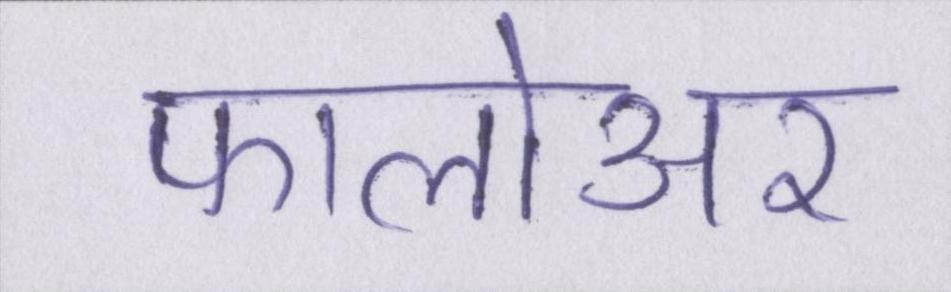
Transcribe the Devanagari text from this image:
फालोअर